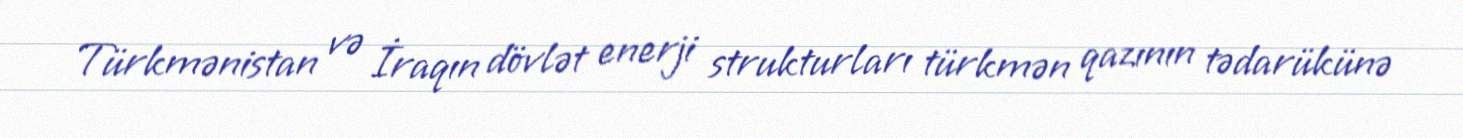
Türkmənistan və İraqın dövlət enerji strukturları türkmən qazının tədarükünə